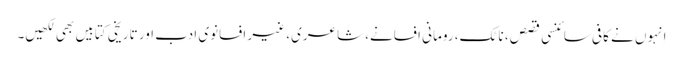
اِنہوں نے کافی سائنسی قصص، ناٹک، رومانی افسانے، شاعری، غیر افسانوی ادب اور تاریخی کتابیں بھی لکھیں۔